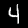
Digit: 4